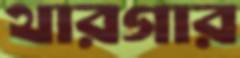
থারগার